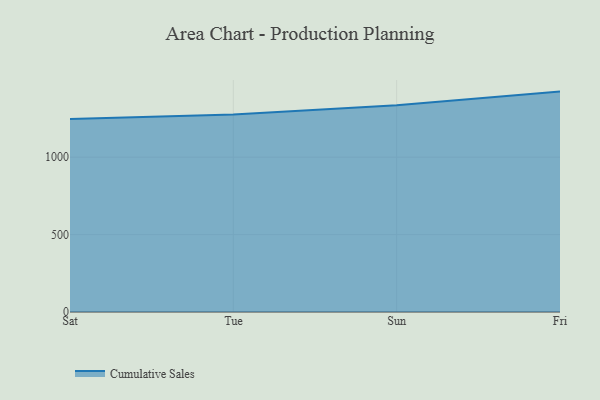
{"axis": {"x": "Day", "y": "Gross Profit (USD K)"}, "legend": ["Cumulative Sales"], "data": [{"x": "Sat", "y": 1247.1, "type": "Cumulative Sales"}, {"x": "Tue", "y": 1275.2, "type": "Cumulative Sales"}, {"x": "Sun", "y": 1335.8, "type": "Cumulative Sales"}, {"x": "Fri", "y": 1423.6, "type": "Cumulative Sales"}]}